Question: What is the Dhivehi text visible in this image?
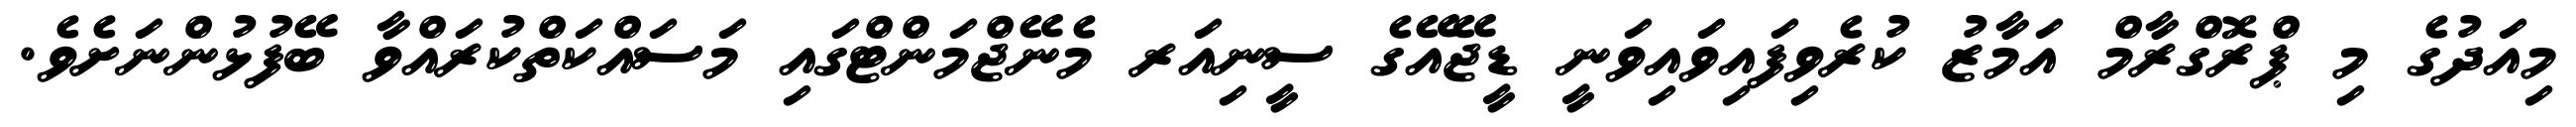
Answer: މިއަދުގެ މި ޕްރޮގްރާމް އަމާޒު ކުރެވިފައިވައިވަނީ ޑީޖޭއޭގެ ސީނިއަރ މެނޭޖްމަންޓްގައި މަސައްކަތްކުރައްވާ ބޭފުޅުންނަށެވެ.